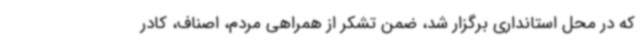
که در محل استانداری برگزار شد، ضمن تشکر از همراهی مردم، اصناف، کادر